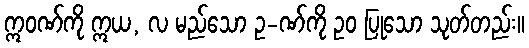
ဣဝဏ်ကို ဣယ, လ မည်သော ဥ-ဏ်ကို ဥဝ ပြုသော သုတ်တည်း။